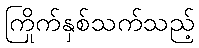
ကြိုက်နှစ်သက်သည့်